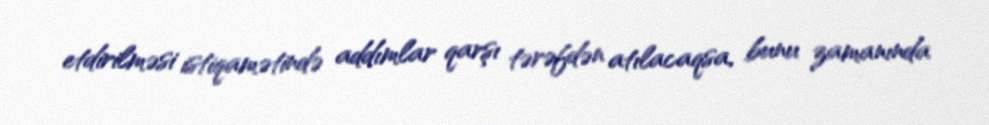
etdirilməsi istiqamətində addımlar qarşı tərəfdən atılacaqsa, bunu zamanında